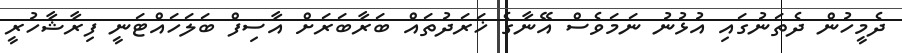
ދެމީހުން ދެތަނުގައި އުޅުނު ނަމަވެސް އޭނާގެ ޚަރަދުތައް ބަރާބަރަށް އާސިފް ބަލަހައްޓަނީ ފިރާޝާހުރީ